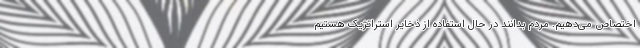
اختصاص می‌دهیم. مردم بدانند در حال استفاده از ذخایر استراتژیک هستیم